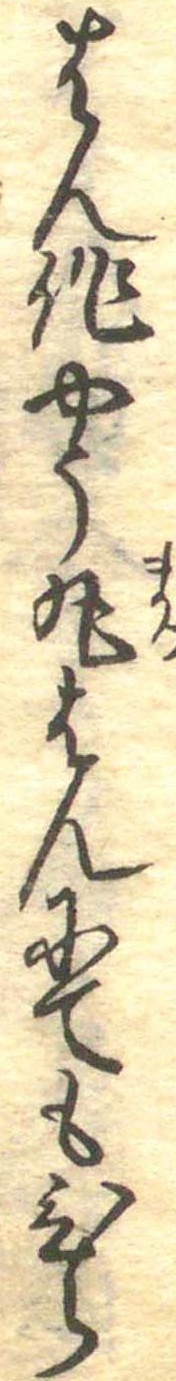
はん作やう丸はんにてもひら